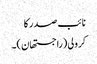
نائب صدر کا
کرولی (راجستھان)۔